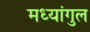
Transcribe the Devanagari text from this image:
मध्यांगुल